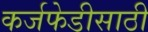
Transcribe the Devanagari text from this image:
कर्जफेडीसाठी